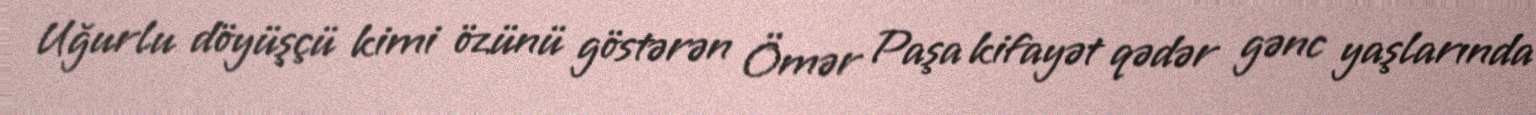
Uğurlu döyüşçü kimi özünü göstərən Ömər Paşa kifayət qədər gənc yaşlarında